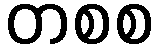
တစစ